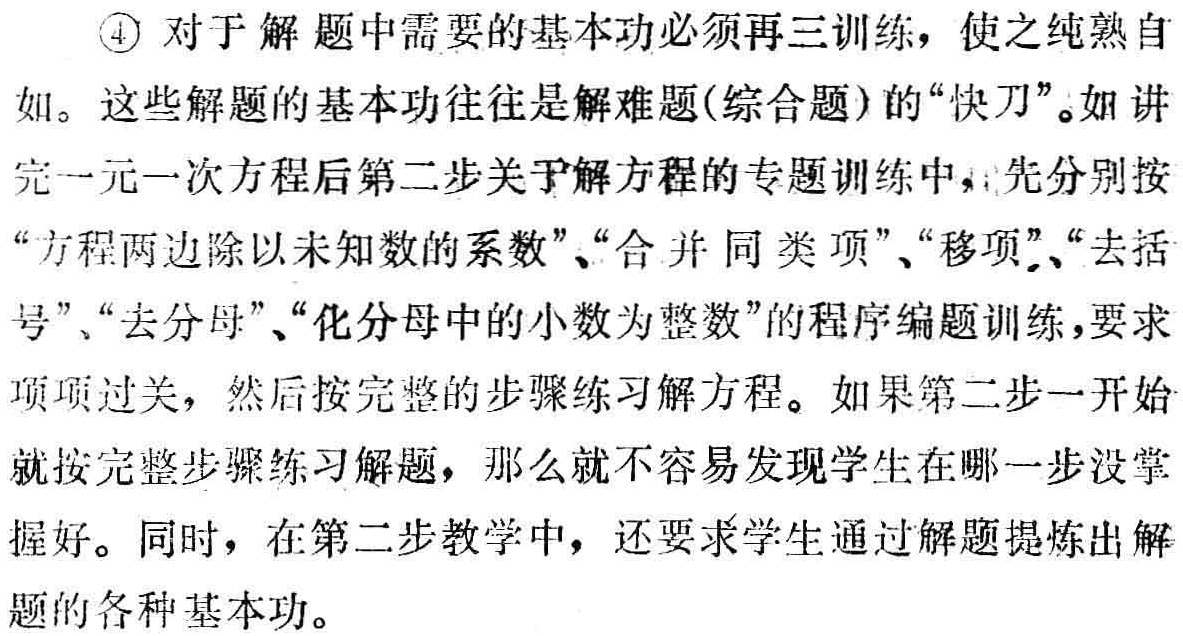
\begin{enumerate}

\item 对于解题中需要的基本功必须再三训练，使之纯熟自如。这些解题的基本功往往是解难题(综合题)的“快刀”。如讲完一元一次方程后第二步关于解方程的专题训练中，先分别按“方程两边除以未知数的系数”、“合并同类项”、“移项”、“去括号”、“去分母”、“化分母中的小数为整数”的程序编题训练，要求项项过关，然后按完整的步骤练习解方程。如果第二步一开始就按完整步骤练习解题，那么就不容易发现学生在哪一步没掌握好。同时，在第二步教学中，还要求学生通过解题提炼出解题的各种基本功。

\end{enumerate}